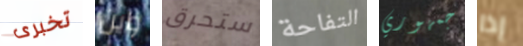
تخبرى واين ستحرق التفاحة جمهوري إذا